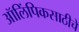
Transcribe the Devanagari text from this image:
ऑलिंपिकसाठीचे